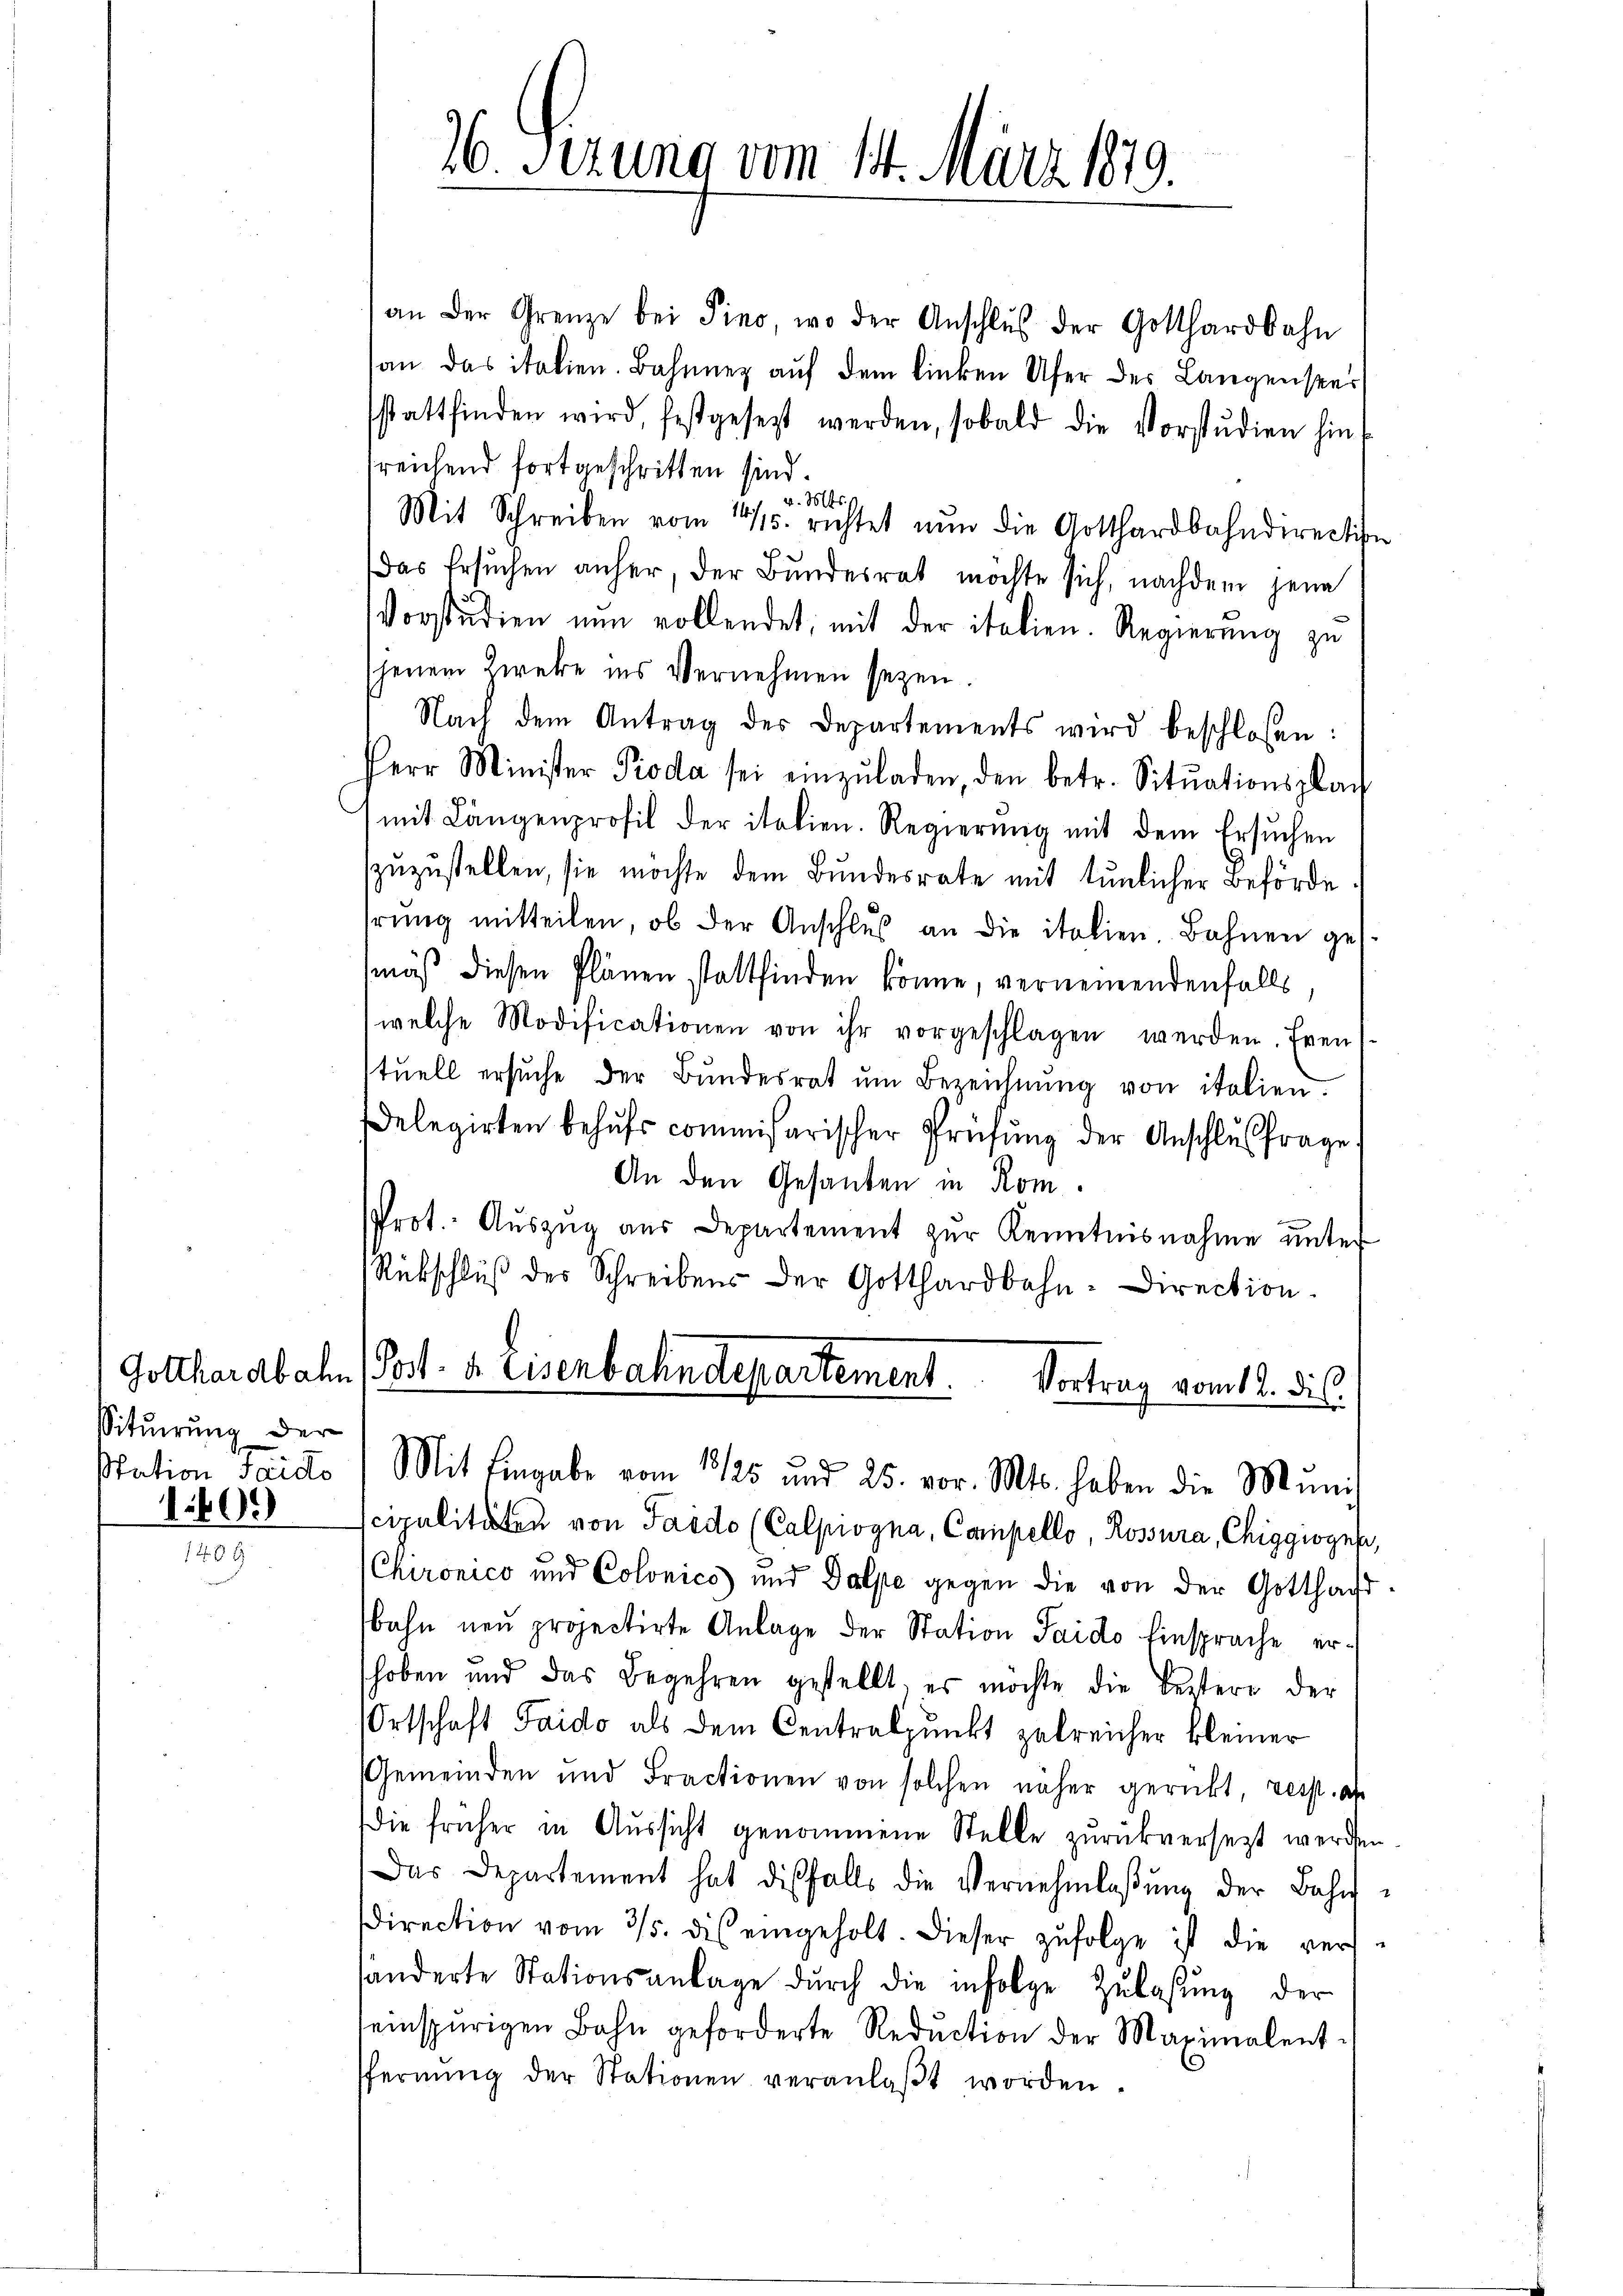
Sitŭirŭng der
station Sardo
1609

an der Grenze bei Sino, wo der Anschlŭs der Gotthardbahn
san das italien. Bahnner auf dem linken Ufer des Langensper
sstattfinden wird, festgesetzt werden, sobald die Vorstŭdien hin,
sreichend fortgeschritten sind.
v. Mts.
Mit Schreiben vom 14/5. richtet nun die Gotthardbahndirection
Das Ersŭchen anher, der Bŭndesrat möchte sich, nachdem jene
Vorstudien nŭn vollendet, mit der italien. Regierŭng zu
jenem Zweke ins Vernehmen seyen.
Nach dem Antrag des Departements wird beschlossen:
Per Minister Pioda sei einzŭladen, den betr. Sitŭationspach
mit Längenprofil der italien. Regierŭng mit dem Ersuchen
zuzustellen, sie möchte dem Bundesrate mit tunlicher Behörde
hrŭng mitteilen, ob der Anschlŭs an die italien. Bahnen gemäß diesen Plänen stattfinden könne, vernemendenfalls
welche Modificationen von ihr vorgeschlagen werden. Even
stuell ersŭche der Bŭndesrat ŭm Bezeichnŭng von italien.
Delegirten behŭfs commißarischer Prüfŭng der Anschlŭsfrage
An den Gesanden in Rom.
Prot. Aŭszŭg aŭs Departement zŭr Kenntnisnahme ŭnter
Rübschluß des Schreibens der Gotthardbahn-Direction
Gotthardbahn (Post- u. Eisenbahndepartement. Vortrag vom 12. d. s.
Mit Eingabe vom 1125 und 25. vor. Mts. haben die Muni
cipalitäten von Taido (Calpiogna, Campello, Rossura, Chiggiogen,
Chironico und Colonics und Dalpe gegen die von der Gotthaft-
bahn neu projectirte Anlage der Station Saido Einsprache erhoben und das Begehren gestellt, es möchte die Bestere der
Ortschaft Taido als dem Centralpunkt zubreicher kleiner
Gemeinden und Fractionen von solchen näher gerückt, resst. an
Die früher in Aussicht genommene Stelle zurückversezt werden
Das Departement hat diesfalls die Vernehmlaβŭng der Bahn-
direction vom 3/5. des eingeholt. Dieser zŭfolge ist die vers-
sänderte Stationsanlage dŭrch die infolge Zŭlassŭng der
seinspurigen Bahn geforderte Redŭction der Maximalent-
fernŭng der Stationen veranlaβt worden.

26. Serung vom 14. März 1810.